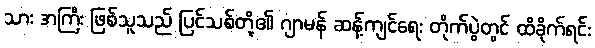
သား အကြီး ဖြစ်သူသည် ပြင်သစ်တို့၏ ဂျာမန် ဆန့်ကျင်ရေး တိုက်ပွဲတွင် ထိခိုက်ရင်း